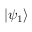
| \psi _ { 1 } \rangle